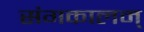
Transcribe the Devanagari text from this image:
संगकालम्